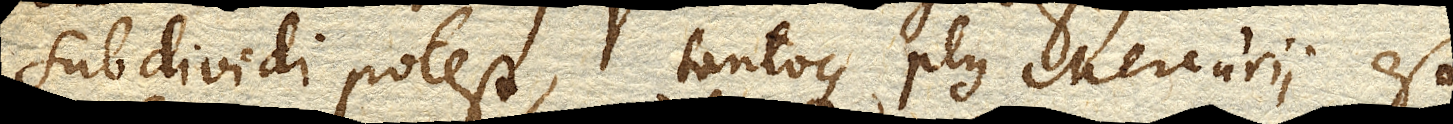
subdividi potest, tantoque plus Mercurii est